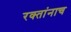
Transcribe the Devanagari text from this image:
रक्‍तांनाच